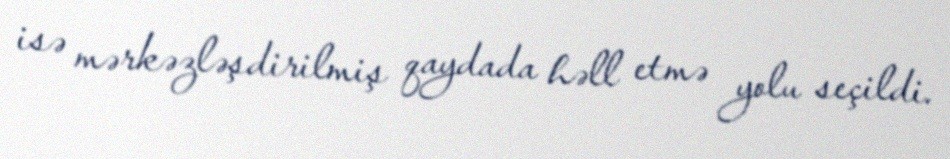
isə mərkəzləşdirilmiş qaydada həll etmə yolu seçildi.